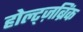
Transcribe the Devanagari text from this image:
होल्ट्ज़ब्रिंक